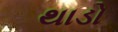
થાડો